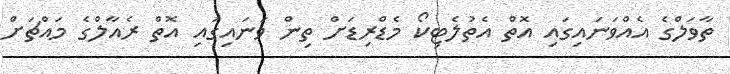
ތާވަލްގެ އެއްވަނައިގައި އޮތް އެތުލެޓިކޯ މެޑްރިޑަށް ތިން ވަނައިގައި އޮތް ރެއާލްގެ މައްޗަށް